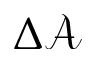
\Delta \mathcal { A }